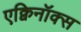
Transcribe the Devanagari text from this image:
एक्विनॉक्स